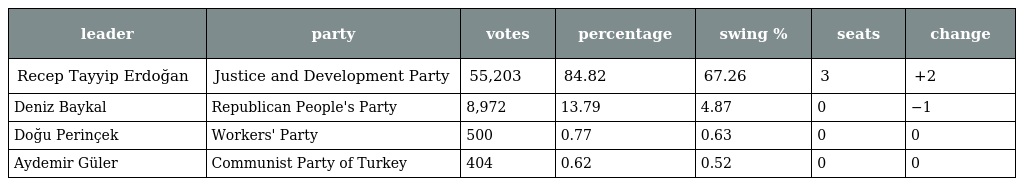
| leader | party | votes | percentage | swing % | seats | change |
 | --- | --- | --- | --- | --- | --- | --- |
 | Recep Tayyip Erdoğan | Justice and Development Party | 55,203 | 84.82 | 67.26 | 3 | +2 |
 | Deniz Baykal | Republican People's Party | 8,972 | 13.79 | 4.87 | 0 | −1 |
 | Doğu Perinçek | Workers' Party | 500 | 0.77 | 0.63 | 0 | 0 |
 | Aydemir Güler | Communist Party of Turkey | 404 | 0.62 | 0.52 | 0 | 0 |